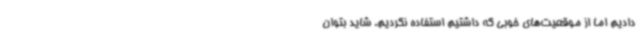
دادیم اما از موقعیت‌های خوبی که داشتیم استفاده نکردیم. شاید بتوان